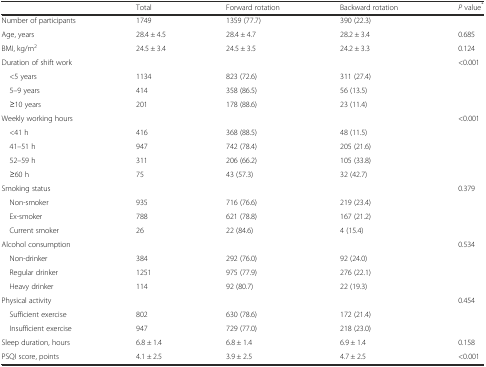
<table><thead><tr><td></td><td><b>Total</b></td><td><b>Forward rotation</b></td><td><b>Backward rotation</b></td><td><b><i>P</i> value<sup>*</sup></b></td></tr></thead><tbody><tr><td>Number of participants</td><td>1749</td><td>1359 (77.7)</td><td>390 (22.3)</td><td></td></tr><tr><td>Age, years</td><td>28.4 ± 4.5</td><td>28.4 ± 4.7</td><td>28.2 ± 3.4</td><td>0.685</td></tr><tr><td>BMI, kg/m<sup>2</sup></td><td>24.5 ± 3.4</td><td>24.5 ± 3.5</td><td>24.2 ± 3.3</td><td>0.124</td></tr><tr><td>Duration of shift work</td><td></td><td></td><td></td><td>&lt;0.001</td></tr><tr><td> &lt;5 years</td><td>1134</td><td>823 (72.6)</td><td>311 (27.4)</td><td></td></tr><tr><td> 5–9 years</td><td>414</td><td>358 (86.5)</td><td>56 (13.5)</td><td></td></tr><tr><td> ≥10 years</td><td>201</td><td>178 (88.6)</td><td>23 (11.4)</td><td></td></tr><tr><td>Weekly working hours</td><td></td><td></td><td></td><td>&lt;0.001</td></tr><tr><td> &lt;41 h</td><td>416</td><td>368 (88.5)</td><td>48 (11.5)</td><td></td></tr><tr><td> 41–51 h</td><td>947</td><td>742 (78.4)</td><td>205 (21.6)</td><td></td></tr><tr><td> 52–59 h</td><td>311</td><td>206 (66.2)</td><td>105 (33.8)</td><td></td></tr><tr><td> ≥60 h</td><td>75</td><td>43 (57.3)</td><td>32 (42.7)</td><td></td></tr><tr><td>Smoking status</td><td></td><td></td><td></td><td>0.379</td></tr><tr><td> Non-smoker</td><td>935</td><td>716 (76.6)</td><td>219 (23.4)</td><td></td></tr><tr><td> Ex-smoker</td><td>788</td><td>621 (78.8)</td><td>167 (21.2)</td><td></td></tr><tr><td> Current smoker</td><td>26</td><td>22 (84.6)</td><td>4 (15.4)</td><td></td></tr><tr><td>Alcohol consumption</td><td></td><td></td><td></td><td>0.534</td></tr><tr><td> Non-drinker</td><td>384</td><td>292 (76.0)</td><td>92 (24.0)</td><td></td></tr><tr><td> Regular drinker</td><td>1251</td><td>975 (77.9)</td><td>276 (22.1)</td><td></td></tr><tr><td> Heavy drinker</td><td>114</td><td>92 (80.7)</td><td>22 (19.3)</td><td></td></tr><tr><td>Physical activity</td><td></td><td></td><td></td><td>0.454</td></tr><tr><td> Sufficient exercise</td><td>802</td><td>630 (78.6)</td><td>172 (21.4)</td><td></td></tr><tr><td> Insufficient exercise</td><td>947</td><td>729 (77.0)</td><td>218 (23.0)</td><td></td></tr><tr><td>Sleep duration, hours</td><td>6.8 ± 1.4</td><td>6.8 ± 1.4</td><td>6.9 ± 1.4</td><td>0.158</td></tr><tr><td>PSQI score, points</td><td>4.1 ± 2.5</td><td>3.9 ± 2.5</td><td>4.7 ± 2.5</td><td>&lt;0.001</td></tr></tbody></table>